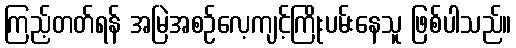
ကြည့်တတ်ရန် အမြဲအစဉ်လေ့ကျင့်ကြိုးပမ်းနေသူ ဖြစ်ပါသည်။